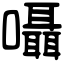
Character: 囁